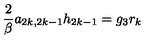
\frac { 2 } { \beta } a _ { 2 k , 2 k - 1 } h _ { 2 k - 1 } = g _ { 3 } r _ { k }